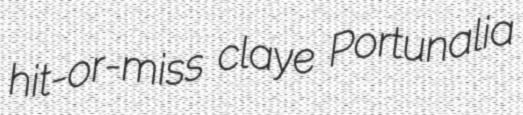
hit-or-miss claye Portunalia